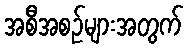
အစီအစဉ်များအတွက်